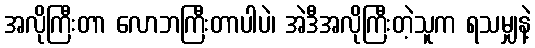
အလိုကြီးတာ လောဘကြီးတာပါပဲ၊ အဲဒီအလိုကြီးတဲ့သူက ရသမျှနဲ့